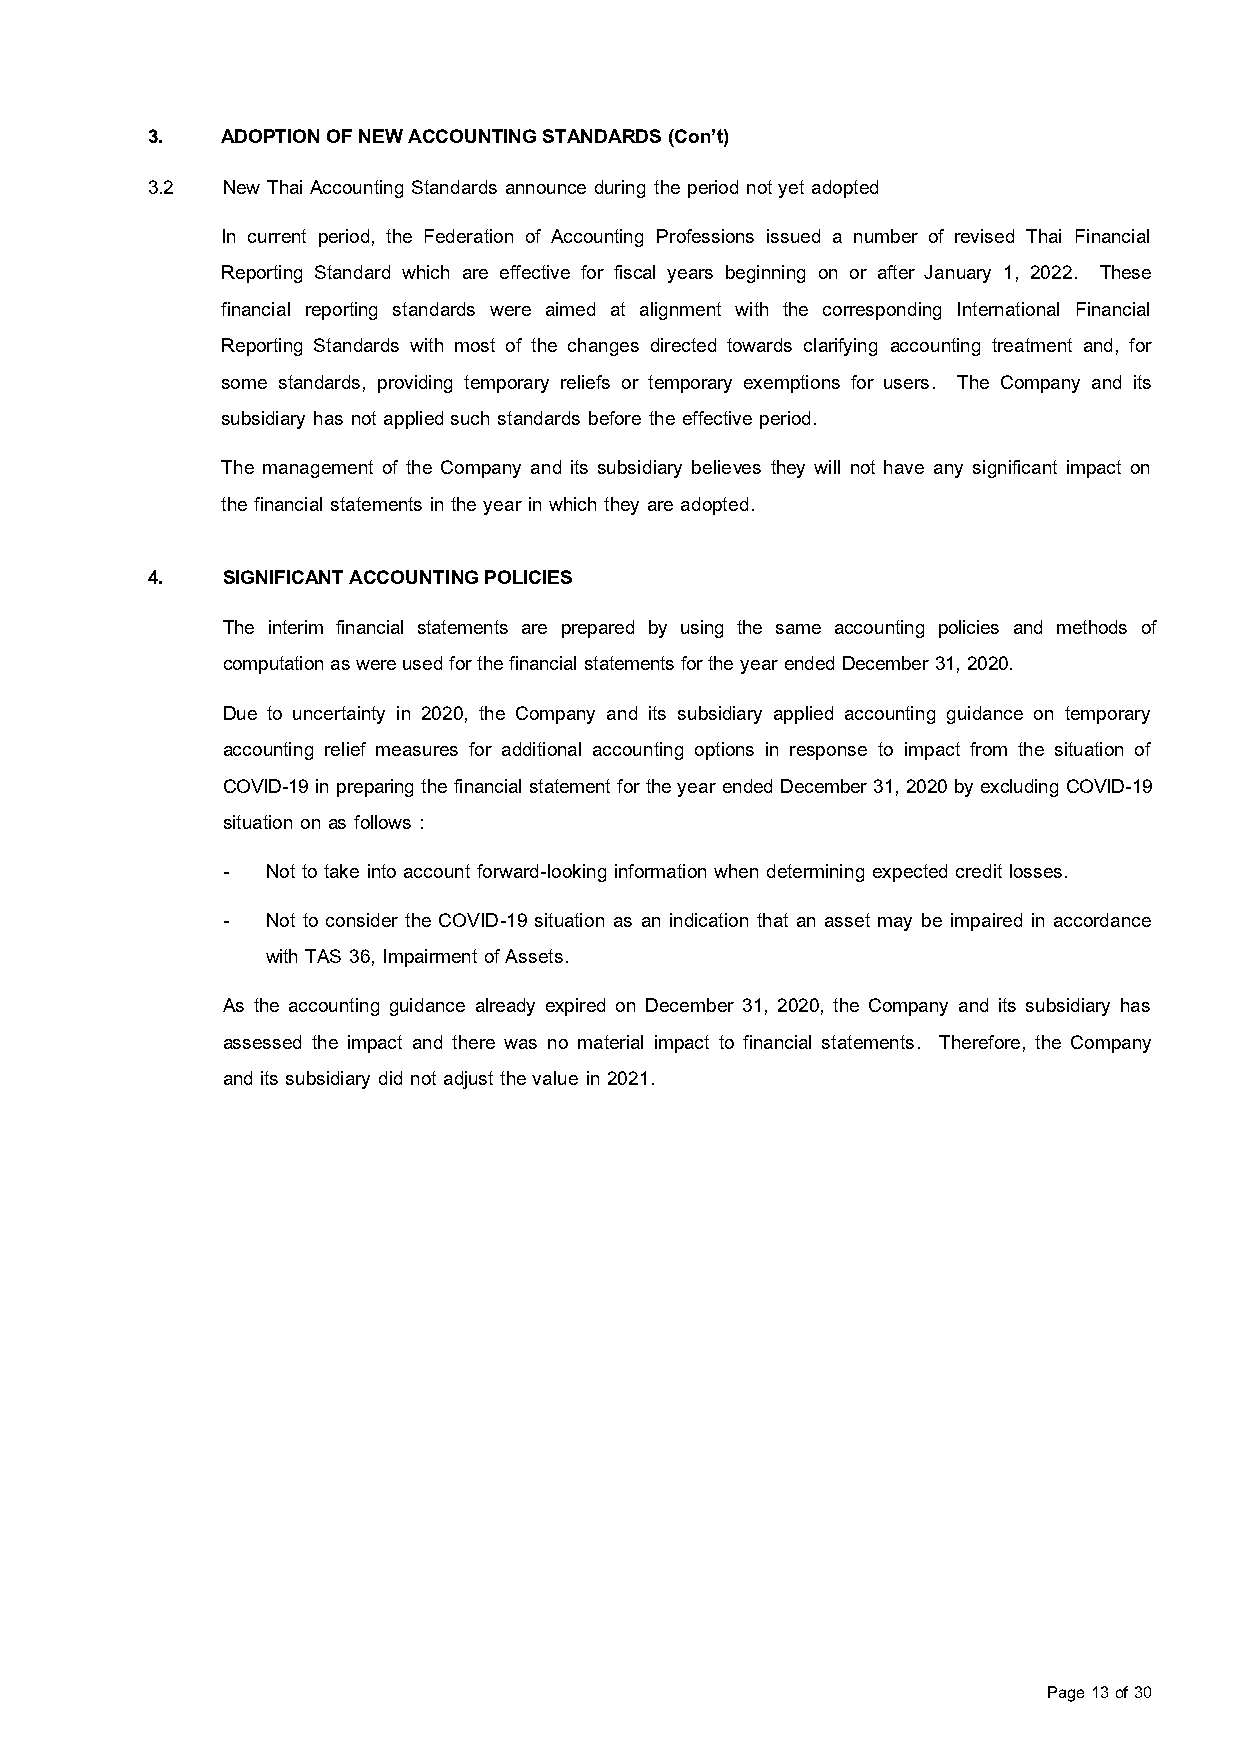
3.   ADOPTION OF NEW ACCOUNTING STANDARDS (Con’t)
 3.2  New Thai Accounting Standards announce during the period not yet adopted
 In current period, the Federation of Accounting Professions issued a number of revised Thai Financial
 Reporting Standard which are effective for fiscal years beginning on or after January 1, 2022. These
 financial reporting standards were aimed at alignment with the corresponding International Financial
 Reporting Standards with most of the changes directed towards clarifying accounting treatment and, for
 some standards, providing temporary reliefs or temporary exemptions for users. The Company and its
 subsidiary has not applied such standards before the effective period.
 The management of the Company and its subsidiary believes they will not have any significant impact on
 the financial statements in the year in which they are adopted.
 4.   SIGNIFICANT ACCOUNTING POLICIES
 The interim financial statements are prepared by using the same accounting policies and methods of
 computation as were used for the financial statements for the year ended December 31, 2020.
 Due to uncertainty in 2020, the Company and its subsidiary applied accounting guidance on temporary
 accounting relief measures for additional accounting options in response to impact from the situation of
 COVID-19 in preparing the financial statement for the year ended December 31, 2020 by excluding COVID-19
 situation on as follows :
 -  Not to take into account forward-looking information when determining expected credit losses.
 -  Not to consider the COVID-19 situation as an indication that an asset may be impaired in accordance
 with TAS 36, Impairment of Assets.
 As the accounting guidance already expired on December 31, 2020, the Company and its subsidiary has
 assessed the impact and there was no material impact to financial statements. Therefore, the Company
 and its subsidiary did not adjust the value in 2021.
 Page 13 of 30